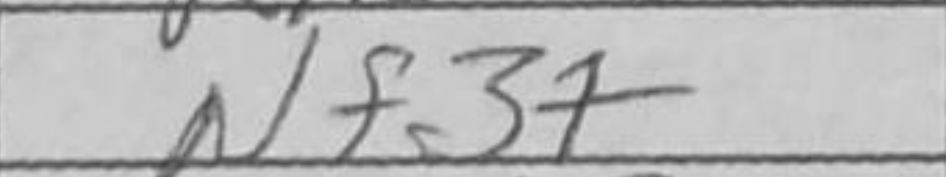
Transcription: Nf3+